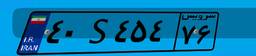
۴۰S۴۵۴۷۶